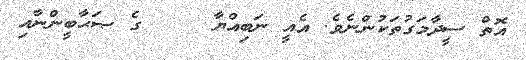
އޮތް ސީދާމަގުތަކުންނެވެ. އެއީ ނަބިއްޔާ     ގެ ޞަޙާބީންނާއި